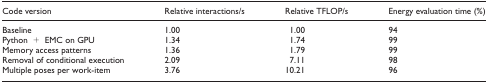
| Code version | Relative interactions/s | Relative TFLOP/s | Energy evaluation time (%) |
 | --- | --- | --- | --- |
 | Baseline | 1.00 | 1.00 | 94 |
 | Python + EMC on GPU | 1.34 | 1.74 | 99 |
 | Memory access patterns | 1.36 | 1.79 | 99 |
 | Removal of conditional execution | 2.09 | 7.11 | 98 |
 | Multiple poses per work-item | 3.76 | 10.21 | 96 |